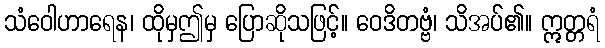
သံဝေါဟာရေန၊ ထိုမှဤမှ ပြောဆိုသဖြင့်။ ဝေဒိတဗ္ဗံ၊ သိအပ်၏။ ဣတ္တရံ